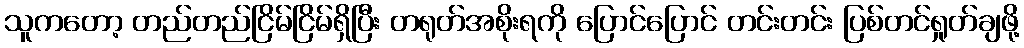
သူကတော့ တည်တည်ငြိမ်ငြိမ်ရှိပြီး တရုတ်အစိုးရကို ပြောင်ပြောင် တင်းတင်း ပြစ်တင်ရှုတ်ချဖို့